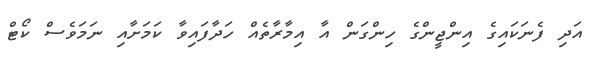
އަދި ފެނަކައިގެ އިންޖީންގެ ހިންގަން އާ އިމާރާތެއް ހަދާފައިވާ ކަމަށާއި ނަމަވެސް ކޯޓް